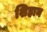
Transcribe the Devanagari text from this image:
शिहान